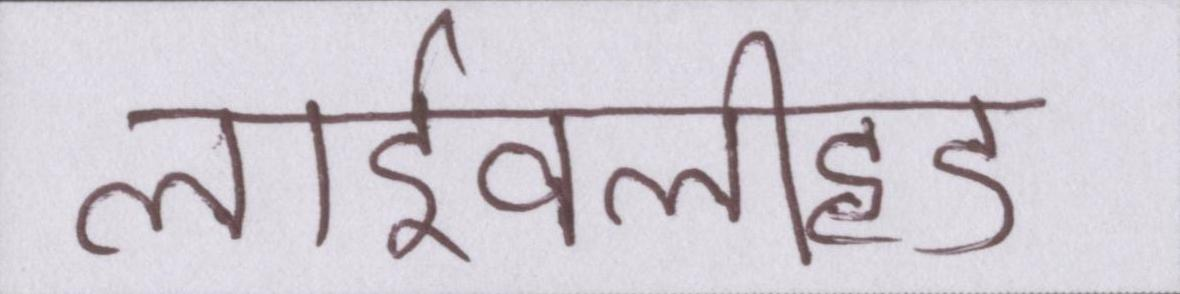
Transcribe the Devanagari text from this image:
लाईवलीहुड